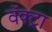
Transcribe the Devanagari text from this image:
वॅक्ट्रा